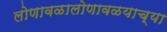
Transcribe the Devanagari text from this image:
लोणावळालोणावळयाच्या